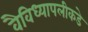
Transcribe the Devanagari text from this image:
वैविध्यापलीकडे